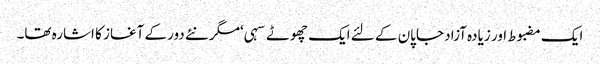
ایک مضبوط اور زیادہ آزاد جاپان کے لئے ایک چھوٹے سہی ‘مگر نئے دور کے آغاز کا اشارہ تھا۔